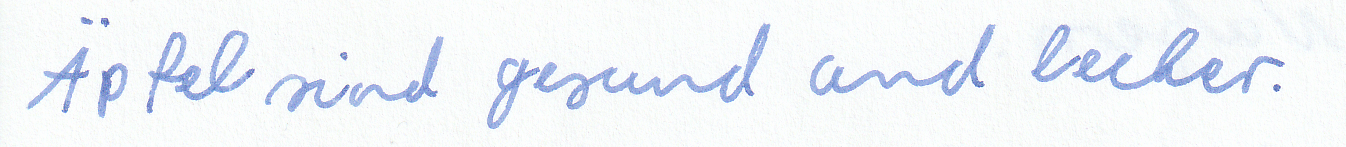
Äpfel sind gesund und lecker.